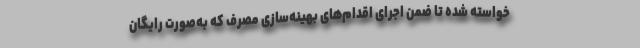
خواسته شده تا ضمن اجرای اقدام‌های بهینه‌سازی مصرف که به‌صورت رایگان